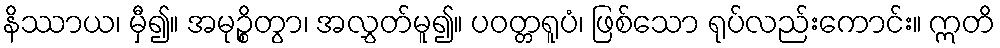
နိဿာယ၊ မှီ၍။ အမုဉ္စိတွာ၊ အလွှတ်မူ၍။ ပဝတ္တရူပံ၊ ဖြစ်သော ရုပ်လည်းကောင်း။ ဣတိ